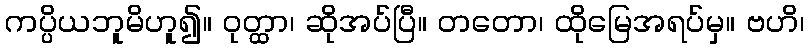
ကပ္ပိယဘူမိဟူ၍။ ဝုတ္ထာ၊ ဆိုအပ်ပြီ။ တတော၊ ထိုမြေအရပ်မှ။ ဗဟိ၊